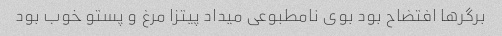
برگرها افتضاح بود بوی نامطبوعی میداد پیتزا مرغ و پستو خوب بود